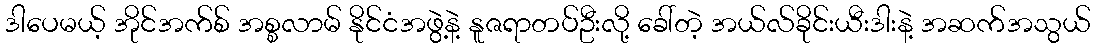
ဒါပေမယ့် အိုင်အက်စ် အစ္စလာမ် နိုင်ငံအဖွဲ့နဲ့ နူဇရာတပ်ဦးလို့ ခေါ်တဲ့ အယ်လ်ခိုင်းယီးဒါးနဲ့ အဆက်အသွယ်